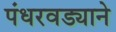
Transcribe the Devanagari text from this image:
पंधरवड्याने